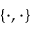
\{ \cdot , \cdot \}